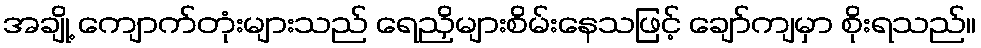
အချို့ ကျောက်တုံးများသည် ရေညှိများစိမ်းနေသဖြင့် ချော်ကျမှာ စိုးရသည်။